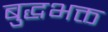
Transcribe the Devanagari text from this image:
बुद्धभक्त